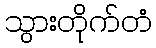
သွားတိုက်တံ